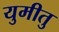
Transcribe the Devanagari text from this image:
युमीतु